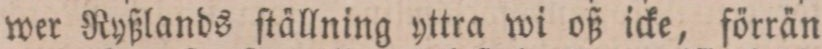
wer Ryßlands ſtällning yttra wi oß icke, förrän